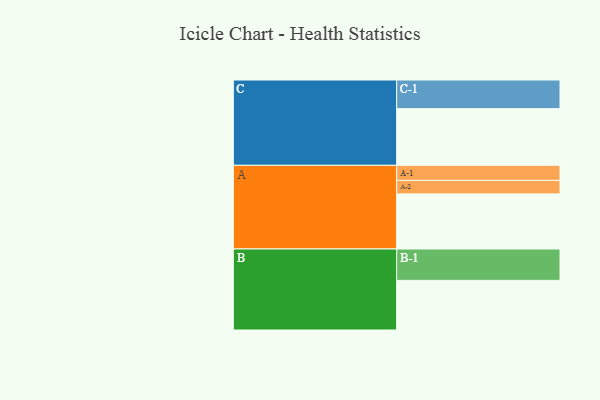
{"axis": {"x": "Segment", "y": "Value"}, "legend": ["", "A", "B", "C"], "data": [{"x": "A", "y": 523, "type": ""}, {"x": "B", "y": 471, "type": ""}, {"x": "C", "y": 538, "type": ""}, {"x": "A-1", "y": 143, "type": "A"}, {"x": "A-2", "y": 128, "type": "A"}, {"x": "B-1", "y": 298, "type": "B"}, {"x": "C-1", "y": 272, "type": "C"}]}